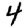
Digit: 4